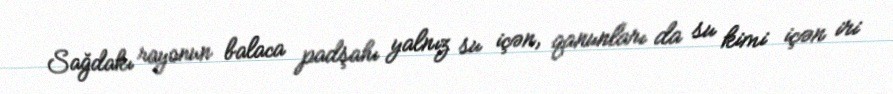
Sağdakı rayonun balaca padşahı yalnız su içən, qanunları da su kimi içən iri